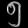
Digit: ၅